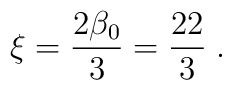
\xi =\frac{2\beta _{0}}{3}=\frac{22}{3}\;.